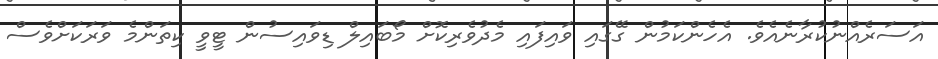
އަސަރެއްނުކުރާނެއެވެ. އެހެންކަމުން ގޭގައި ވައިފައި މެދުވެރިކޮށް މޯބައިލް ޑިވައިސުން ޓީވީ ކިތަންމެ ވަރަކަށްވެސް